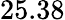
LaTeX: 25.38